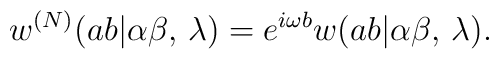
w^{(N)}(ab|\alpha \beta ,\, \lambda )=e^{i\omega b}w(ab|\alpha \beta ,\, \lambda ).